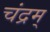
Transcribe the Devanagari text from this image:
चंद्रम्